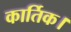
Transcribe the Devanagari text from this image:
कार्तिक।